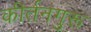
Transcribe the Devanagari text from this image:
कीर्तनगुरू